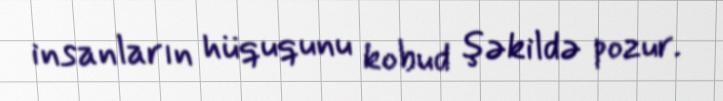
insanların hüququnu kobud şəkildə pozur.